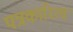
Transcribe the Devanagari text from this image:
पत्रकारित्व